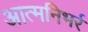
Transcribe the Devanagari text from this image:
आत्मनिभर्र